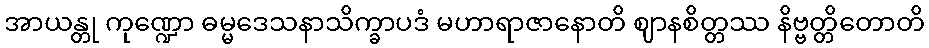
အာယန္တု ကုဏ္ဍော ဓမ္မဒေသနာသိက္ခာပဒံ မဟာရာဇာနောတိ ဈာနစိတ္တဿ နိဗ္ဗတ္တိတောတိ